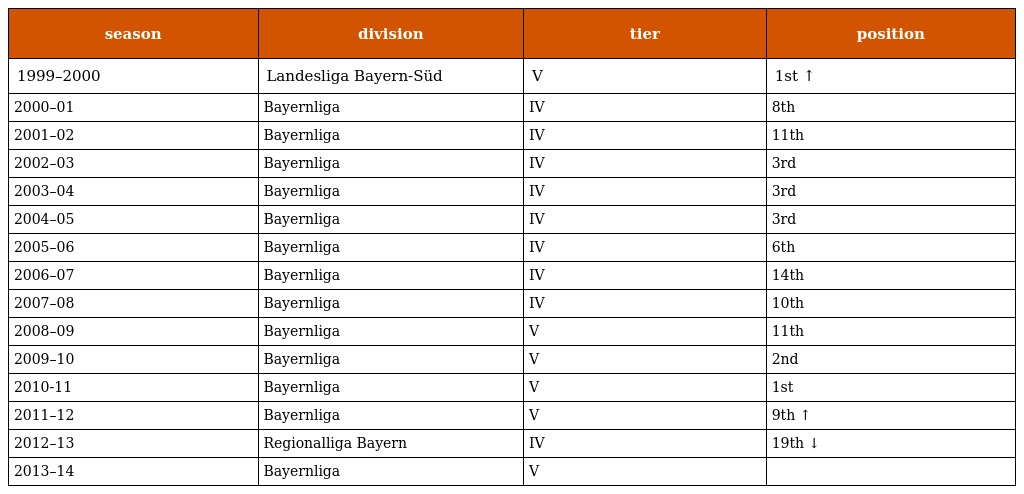
| season | division | tier | position |
 | --- | --- | --- | --- |
 | 1999–2000 | Landesliga Bayern-Süd | V | 1st ↑ |
 | 2000–01 | Bayernliga | IV | 8th |
 | 2001–02 | Bayernliga | IV | 11th |
 | 2002–03 | Bayernliga | IV | 3rd |
 | 2003–04 | Bayernliga | IV | 3rd |
 | 2004–05 | Bayernliga | IV | 3rd |
 | 2005–06 | Bayernliga | IV | 6th |
 | 2006–07 | Bayernliga | IV | 14th |
 | 2007–08 | Bayernliga | IV | 10th |
 | 2008–09 | Bayernliga | V | 11th |
 | 2009–10 | Bayernliga | V | 2nd |
 | 2010-11 | Bayernliga | V | 1st |
 | 2011–12 | Bayernliga | V | 9th ↑ |
 | 2012–13 | Regionalliga Bayern | IV | 19th ↓ |
 | 2013–14 | Bayernliga | V |  |